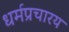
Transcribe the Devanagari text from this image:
धर्मप्रचारय